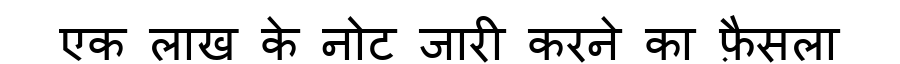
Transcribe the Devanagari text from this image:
एक लाख के नोट जारी करने का फ़ैसला